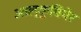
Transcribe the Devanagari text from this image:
आल्कुबियेर